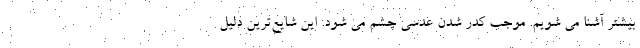
بیشتر آشنا می شویم. موجب کدر شدن عدسی چشم می شود. این شایع‌ترین دلیل